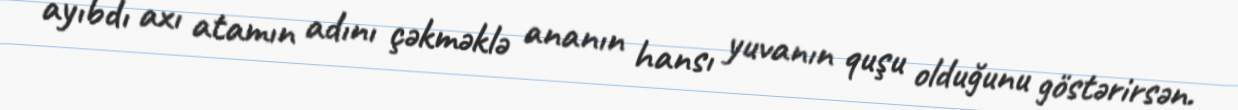
ayıbdı axı atamın adını çəkməklə ananın hansı yuvanın quşu olduğunu göstərirsən.